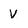
Character: V